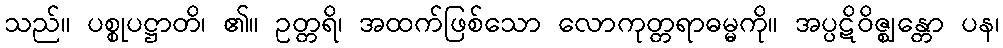
သည်။ ပစ္စုပဋ္ဌာတိ၊ ၏။ ဥတ္တရိ၊ အထက်ဖြစ်သော လောကုတ္တရာဓမ္မကို။ အပ္ပဋိဝိဇ္ဈန္တော ပန၊